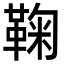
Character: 鞠